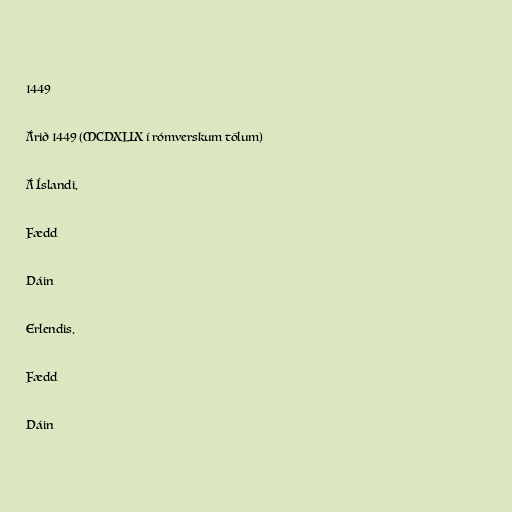
1449

Árið 1449 (MCDXLIX í rómverskum tölum)

Á Íslandi.

Fædd

Dáin

Erlendis.

Fædd

Dáin